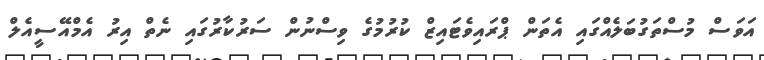
އަވަސް މުސްތަގުބަލެއްގައި އެތަން ޕްރައިވެޓައިޒް ކުރުމުގެ ވިސްނުން ސަރުކާރުގައި ނެތް އިރު އެމްއޭސީއެލް